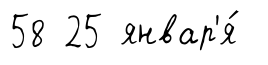
58 25 январ'я́